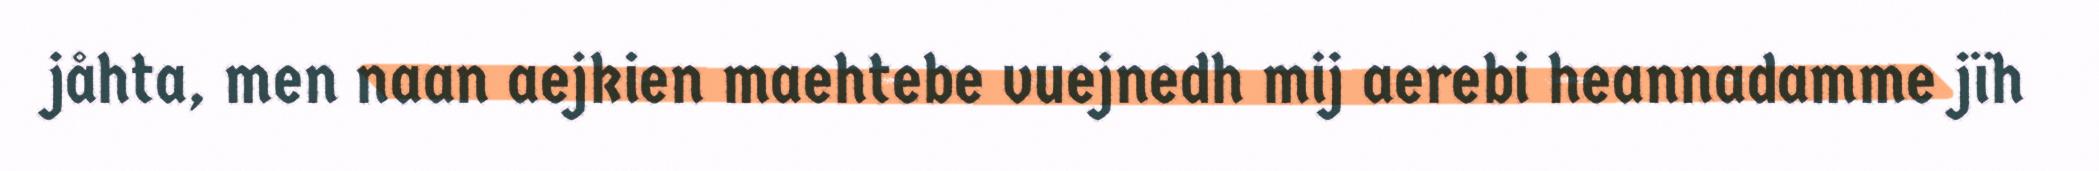
jåhta, men naan aejkien maehtebe vuejnedh mij aerebi heannadamme jïh